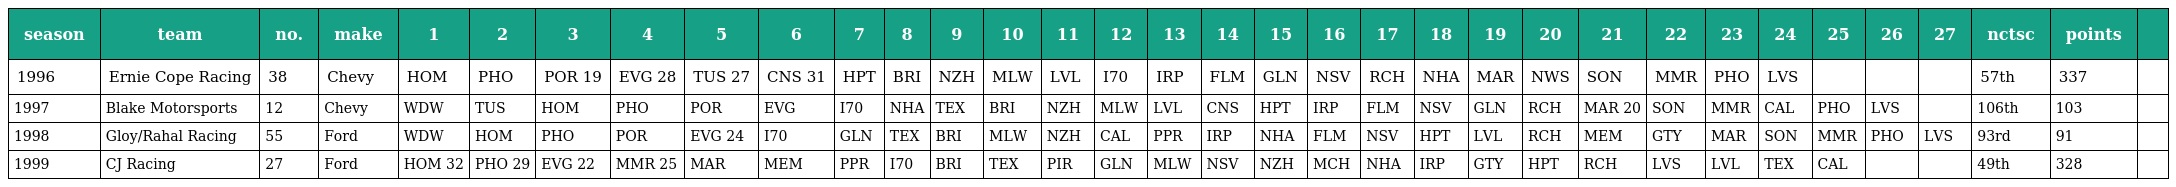
| season | team | no. | make | 1 | 2 | 3 | 4 | 5 | 6 | 7 | 8 | 9 | 10 | 11 | 12 | 13 | 14 | 15 | 16 | 17 | 18 | 19 | 20 | 21 | 22 | 23 | 24 | 25 | 26 | 27 | nctsc | points |  |
 | --- | --- | --- | --- | --- | --- | --- | --- | --- | --- | --- | --- | --- | --- | --- | --- | --- | --- | --- | --- | --- | --- | --- | --- | --- | --- | --- | --- | --- | --- | --- | --- | --- | --- |
 | 1996 | Ernie Cope Racing | 38 | Chevy | HOM | PHO | POR 19 | EVG 28 | TUS 27 | CNS 31 | HPT | BRI | NZH | MLW | LVL | I70 | IRP | FLM | GLN | NSV | RCH | NHA | MAR | NWS | SON | MMR | PHO | LVS |  |  |  | 57th | 337 |  |
 | 1997 | Blake Motorsports | 12 | Chevy | WDW | TUS | HOM | PHO | POR | EVG | I70 | NHA | TEX | BRI | NZH | MLW | LVL | CNS | HPT | IRP | FLM | NSV | GLN | RCH | MAR 20 | SON | MMR | CAL | PHO | LVS |  | 106th | 103 |  |
 | 1998 | Gloy/Rahal Racing | 55 | Ford | WDW | HOM | PHO | POR | EVG 24 | I70 | GLN | TEX | BRI | MLW | NZH | CAL | PPR | IRP | NHA | FLM | NSV | HPT | LVL | RCH | MEM | GTY | MAR | SON | MMR | PHO | LVS | 93rd | 91 |  |
 | 1999 | CJ Racing | 27 | Ford | HOM 32 | PHO 29 | EVG 22 | MMR 25 | MAR | MEM | PPR | I70 | BRI | TEX | PIR | GLN | MLW | NSV | NZH | MCH | NHA | IRP | GTY | HPT | RCH | LVS | LVL | TEX | CAL |  |  | 49th | 328 |  |